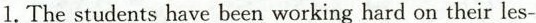
1.The students have been working hard on their les-